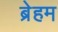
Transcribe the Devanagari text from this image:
ब्रेहम